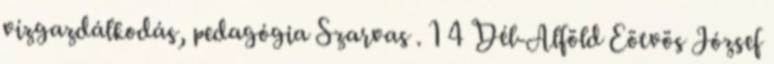
vízgazdálkodás, pedagógia Szarvas . 1 4 Dél-Alföld Eötvös József